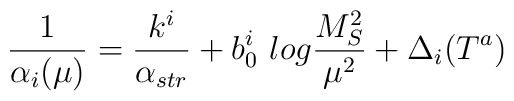
\frac{1}{\alpha_i(\mu)}=\frac{k^i}{\alpha_{str}}+b_0^i~log\frac{M^2_{S}}{\mu^2}+\Delta_{i}(T^a)